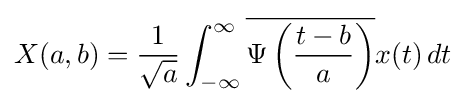
X(a,b)={\frac {1}{\sqrt {a}}}\int _{-\infty }^{\infty }{\overline {\Psi \left({\frac {t-b}{a}}\right)}}x(t)\,dt